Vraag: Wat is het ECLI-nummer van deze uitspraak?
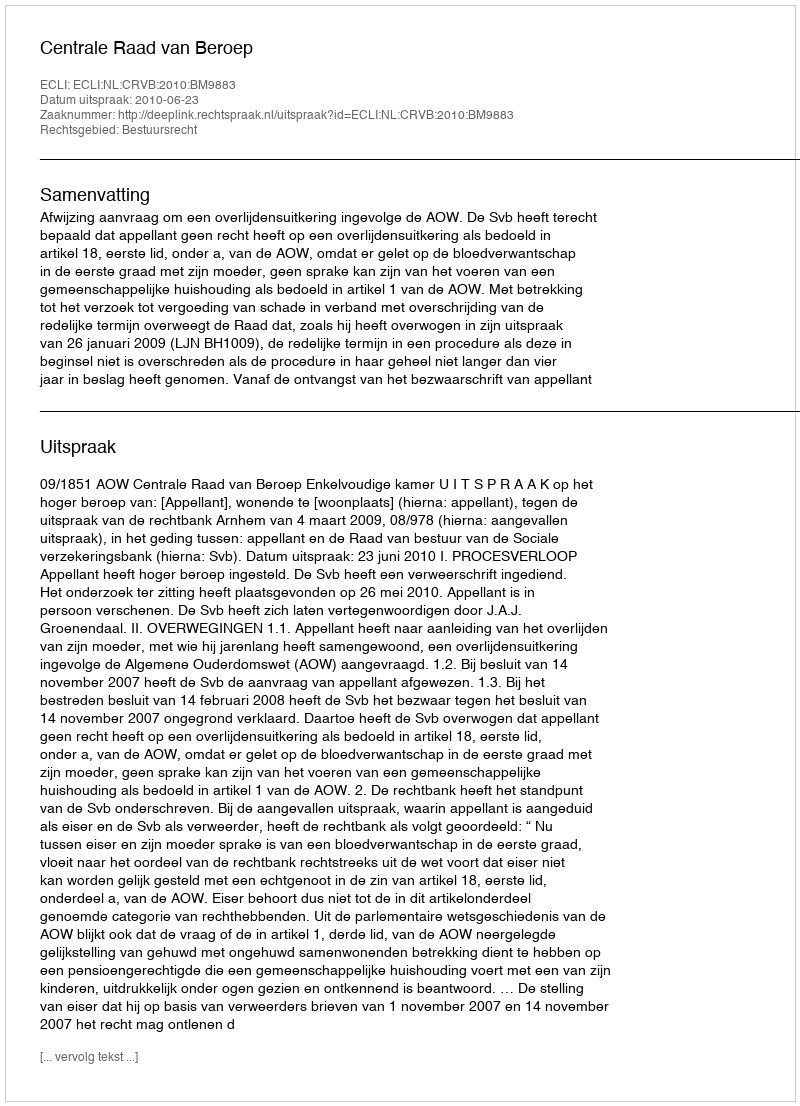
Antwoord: ECLI:NL:CRVB:2010:BM9883